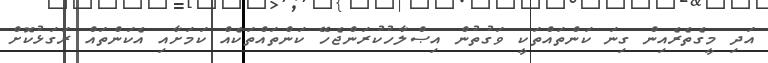
އަދި މީގެތެރެއިން ގިނަ ކަންތައްތަކީ ވަގުތުން އިޞްލާހުކުރަންޖެހޭ ކަންތައްތަކެއް ކަމަށާއި އެކަންތައް ރަގަޅުކޮށް